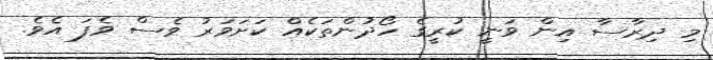
މި ދިރާސާ އިން ވަނީ ކުރީގެ ހޯދުންތަކެއް ކަށަވަރު ވެސް ވެފަ އެވެ.